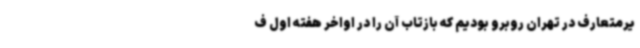
یرمتعارف در تهران روبرو بودیم که بازتاب آن را در اواخر هفته اول ف